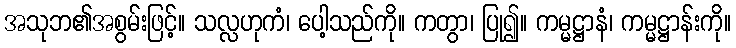
အသုဘ၏အစွမ်းဖြင့်။ သလ္လဟုကံ၊ ပေါ့သည်ကို။ ကတွာ၊ ပြု၍။ ကမ္မဋ္ဌာနံ၊ ကမ္မဋ္ဌာန်းကို။